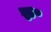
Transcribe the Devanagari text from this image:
रु॰